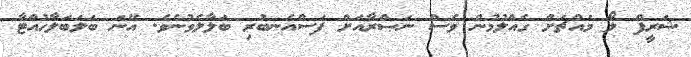
ޝަރީފް ލޯ މައްޗަށް ގެއްލުމުން ވެސް ނަޞްރާއަށް ފަސްއެނބުރި ބަލާލެވުނެވެ. އޭނަ ބަލަބަލާހުއްޓާ